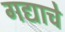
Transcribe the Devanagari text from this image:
गद्याचे